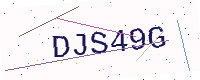
Text: DJS49G